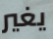
يغير